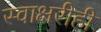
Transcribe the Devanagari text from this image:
स्वाक्षरीही